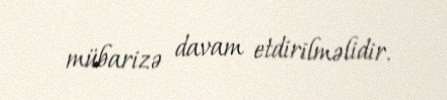
mübarizə davam etdirilməlidir.